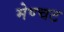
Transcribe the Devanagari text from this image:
मेण्चट